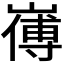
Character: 𭗚